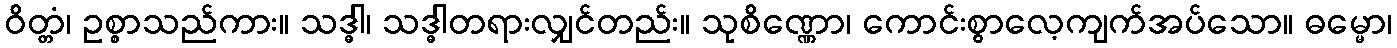
ဝိတ္တံ၊ ဥစ္စာသည်ကား။ သဒ္ဓါ၊ သဒ္ဓါတရားလျှင်တည်း။ သုစိဏ္ဏော၊ ကောင်းစွာလေ့ကျက်အပ်သော။ ဓမ္မော၊